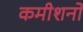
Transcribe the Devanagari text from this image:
कमीशनों